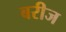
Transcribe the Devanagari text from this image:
बरीज